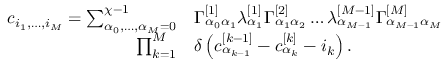
\begin{array} { r l } { c _ { i _ { 1 } , \dots , i _ { M } } = \sum _ { \alpha _ { 0 } , \dots , \alpha _ { M } = 0 } ^ { \chi - 1 } } & { \Gamma _ { \alpha _ { 0 } \alpha _ { 1 } } ^ { [ 1 ] } \lambda _ { \alpha _ { 1 } } ^ { [ 1 ] } \Gamma _ { \alpha _ { 1 } \alpha _ { 2 } } ^ { [ 2 ] } \dots \lambda _ { \alpha _ { M - 1 } } ^ { [ M - 1 ] } \Gamma _ { \alpha _ { M - 1 } \alpha _ { M } } ^ { [ M ] } } \\ { \prod _ { k = 1 } ^ { M } } & { \delta \left( c _ { \alpha _ { k - 1 } } ^ { [ k - 1 ] } - c _ { \alpha _ { k } } ^ { [ k ] } - i _ { k } \right) . } \end{array}